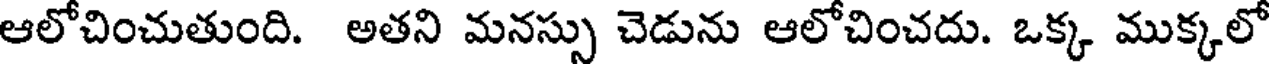
ఆలోచించుతుంది. అతని మనస్సు చెడును ఆలోచించదు. ఒక్క ముక్కలో